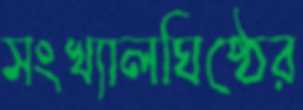
সংখ্যালঘিষ্ঠের